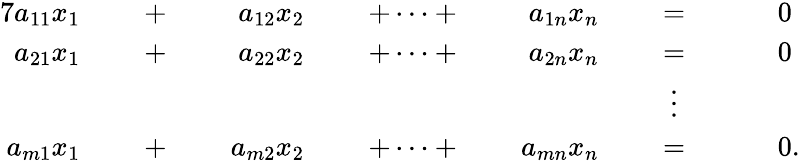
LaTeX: {\begin{array}{rlrlrlrlrlrlrl}{{7}a_{11}x_{1}}&{}&{\; +\; }&{}&{a_{12}x_{2}}&{}&{\; +\cdots+\; }&{}&{a_{1n}x_{n}}&{}&{\; =\; }&{}&&{0}\\ {a_{21}x_{1}}&{}&{\; +\; }&{}&{a_{22}x_{2}}&{}&{\; +\cdots+\; }&{}&{a_{2n}x_{n}}&{}&{\; =\; }&{}&&{0}\\ &{}&&{}&&{}&&{}&&{}&{\vdots\; \ }&{}&&{}\\ {a_{m1}x_{1}}&{}&{\; +\; }&{}&{a_{m2}x_{2}}&{}&{\; +\cdots+\; }&{}&{a_{mn}x_{n}}&{}&{\; =\; }&{}&&{0.}\end{array}}